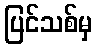
ပြင်သစ်မှ